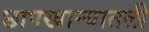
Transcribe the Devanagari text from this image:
छापखान्यातली